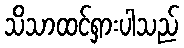
သိသာထင်ရှားပါသည်